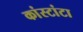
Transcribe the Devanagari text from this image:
कांस्टांटा